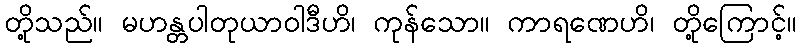
တို့သည်။ မဟန္တပါတုယာဝါဒီဟိ၊ ကုန်သော။ ကာရဏေဟိ၊ တို့ကြောင့်။